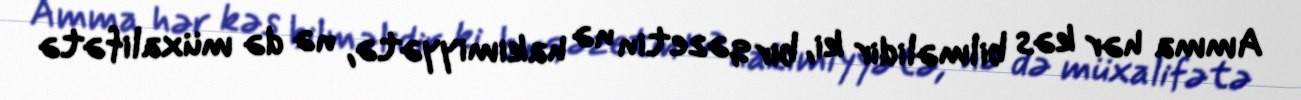
Amma hər kəs bilməlidir ki, bir qəzetin nə hakimiyyətə, nə də müxalifətə